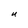
Character: U